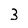
Character: 3